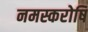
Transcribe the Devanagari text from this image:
नमस्करोषि